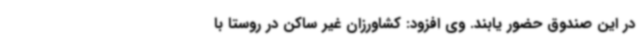
در این صندوق حضور یابند. وی افزود: کشاورزان غیر ساکن در روستا با